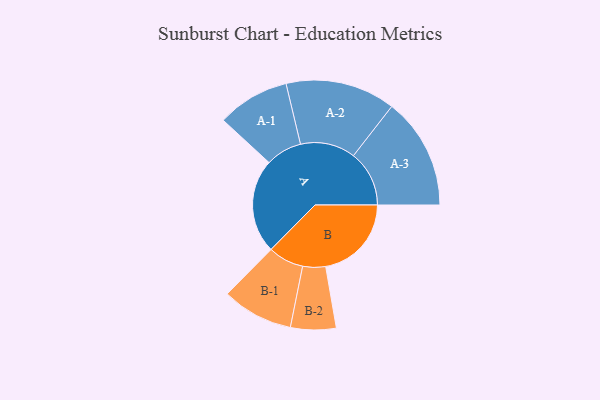
{"axis": {"x": "Segment", "y": "Value"}, "legend": ["", "A", "B"], "data": [{"x": "A", "y": 468, "type": ""}, {"x": "B", "y": 426, "type": ""}, {"x": "A-1", "y": 180, "type": "A"}, {"x": "A-2", "y": 273, "type": "A"}, {"x": "A-3", "y": 277, "type": "A"}, {"x": "B-1", "y": 177, "type": "B"}, {"x": "B-2", "y": 113, "type": "B"}]}